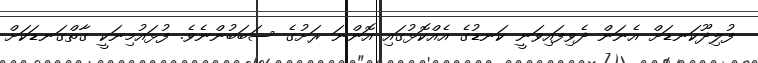
ފުލިދޫކަނޑަށް އެނަން ދެވިފައިވަނީ ކަނޑުގެ އެއްކޮޅުގައި އޮންނަ ރަށުގެ ސަބަބުންނެވެ. ފުޅައުމިނަކީ ގާތްގަނޑަކަށް